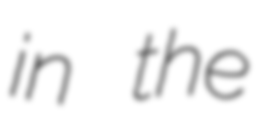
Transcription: in the